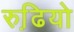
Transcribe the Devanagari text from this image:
रुढि़यो